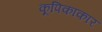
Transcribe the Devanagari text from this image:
कूपिकाकार